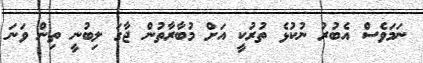
ނަމަވެސް އެބުރު ނުކުޅެ ތުރުކީ އަށް މުބާރާތުން ޖާގަ ލިބުނީ ތިން ވަނަ